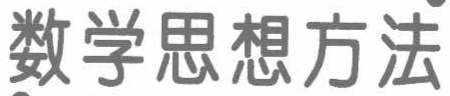
数学思想方法